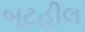
બૂટહીલ